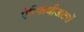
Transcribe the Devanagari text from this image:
ऐम्फिथीअटरों